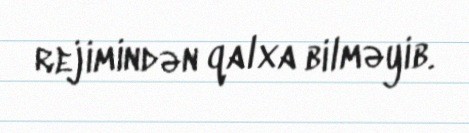
rejimindən qalxa bilməyib.